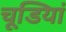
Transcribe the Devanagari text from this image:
चूडि़यां